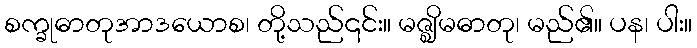
စက္ခုဓာတုအာဒယောစ၊ တို့သည်၎င်း။ မဇ္ဈိမဓာတု၊ မည်၏။ ပန၊ ပါး။